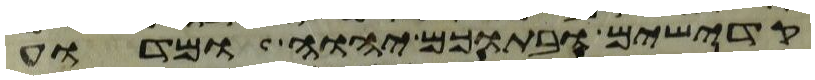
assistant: קדישים ובתוכם יהוה ומדוע